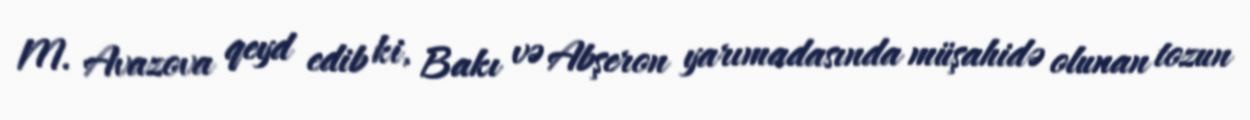
M. Avazova qeyd edib ki, Bakı və Abşeron yarımadasında müşahidə olunan tozun